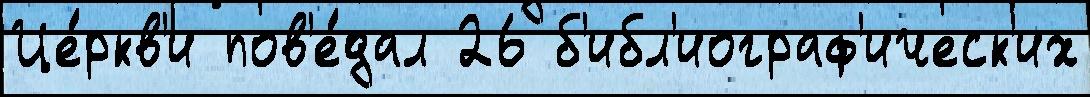
Це́ркв'и пов'е́дал 26 б'ибл'иограф'ическ'их